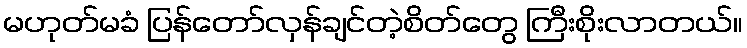
မဟုတ်မခံ ပြန်တော်လှန်ချင်တဲ့စိတ်တွေ ကြီးစိုးလာတယ်။